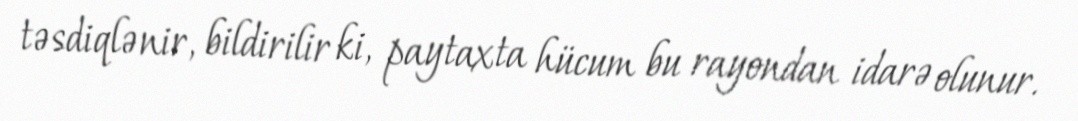
təsdiqlənir, bildirilir ki, paytaxta hücum bu rayondan idarə olunur.